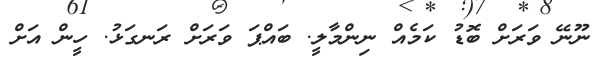
ނޫނޭ ވަރަށް ބޮޑު ކަމެއް ނިންމާލީ. ބައްޕަ ވަރަށް ރަނގަޅު. ހީން އަށް